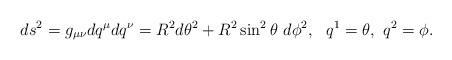
\begin{align*}ds^2 = g_{\mu \nu} dq^\mu dq^\nu = R^2 d\theta^2 + R^2 \sin^2 \theta ~d\phi^2, ~~ q^1 = \theta,~q^2 = \phi.\end{align*}